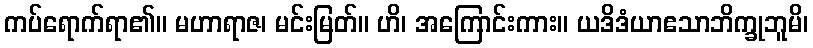
ကပ်ရောက်ရာ၏။ မဟာရာဇ၊ မင်းမြတ်။ ဟိ၊ အကြောင်းကား။ ယဒိဒံယာဧသာဘိက္ခုဘူမိ၊